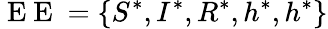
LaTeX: \mathrm{~E~E~}=\{ S^{*},I^{*},R^{*},h^{*},h^{*}\}